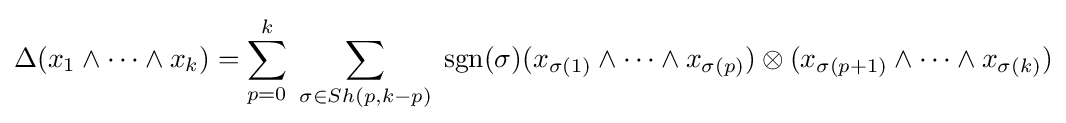
\Delta (x_{1}\wedge \cdots \wedge x_{k})=\sum _{p=0}^{k}\;\sum _{\sigma \in Sh(p,k-p)}\;\operatorname {sgn} (\sigma )(x_{\sigma (1)}\wedge \cdots \wedge x_{\sigma (p)})\otimes (x_{\sigma (p+1)}\wedge \cdots \wedge x_{\sigma (k)})